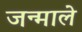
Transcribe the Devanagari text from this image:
जन्माले